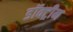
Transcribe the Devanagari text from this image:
डॉक्ट्रीन